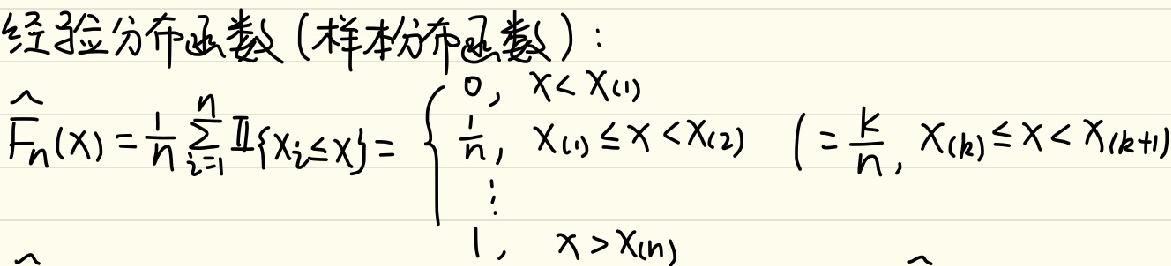
经验分布函数（样本分布函数）：
$$
F_{n}(x)=\frac{1}{n} \sum_{i=1}^{n} I\left\{x_{i} \leq x\right\}=
\begin{cases}
0, & x<x_{(1)} \\
\frac{k}{n}, & x_{(k)} \leq x<x_{(k+1)} \\
1, & x>x_{(n)}
\end{cases}
$$